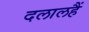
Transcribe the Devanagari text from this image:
दलालहैं